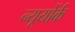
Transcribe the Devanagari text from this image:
न्यूयोंर्क